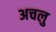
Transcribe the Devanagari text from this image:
अचलु